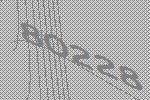
80228